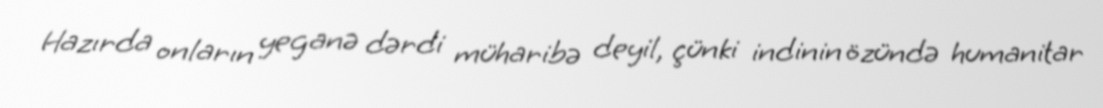
Hazırda onların yeganə dərdi müharibə deyil, çünki indinin özündə humanitar